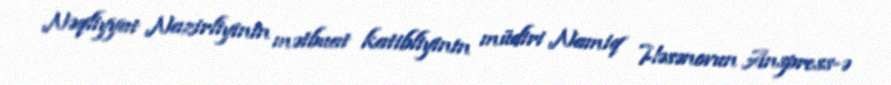
Nəqliyyat Nazirliyinin mətbuat katibliyinin müdiri Namiq Həsənovun Anspress-ə